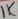
Text: 1K